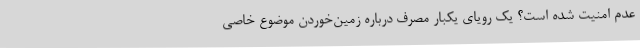
عدم امنیت شده است؟ یک رویای یکبار مصرف درباره زمین‌خوردن موضوع خاصی